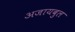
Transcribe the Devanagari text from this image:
अजायबुल